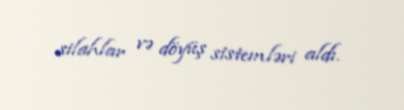
silahlar və döyüş sistemləri aldı.